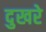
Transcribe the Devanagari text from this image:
दुखरे